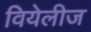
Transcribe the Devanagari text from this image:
वियेलीज